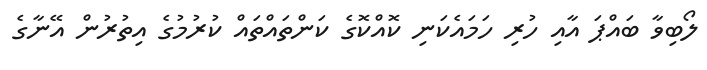
ލޯބިވާ ބައްޕަ އާއި ހުރި ހަމައެކަނި ކޮއްކޮގެ ކަންތައްތައް ކުރުމުގެ އިތުރުން އޭނާގެ